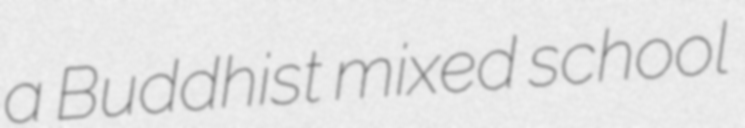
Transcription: a Buddhist mixed school